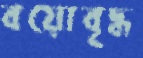
বয়োবৃদ্ধ